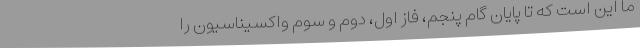
ما این است که تا پایان گام پنجم، فاز اول، دوم و سوم واکسیناسیون را